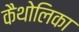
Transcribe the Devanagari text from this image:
कैथोलिका